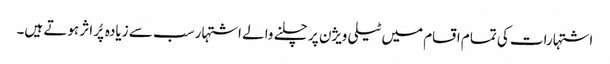
اشتہارات کی تمام اقسام میں ٹیلی ویژن پر چلنے والے اشتہار سب سے زیادہ پُر اثر ہوتے ہیں۔